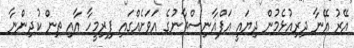
އޭރު އޭނާ ދިރިއުޅެމުން ދިޔައީ އަފްޣާނިސްތާނުގެ އަވަށެއްގައި ފިރިމީހާ އާއި ތިން ކުދިންނާ